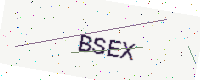
Text: BSEX